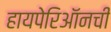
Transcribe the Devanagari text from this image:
हायपेरिऑनची